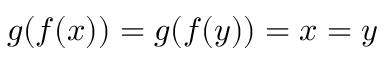
g ( f ( x ) ) = g ( f ( y ) ) = x = y